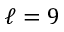
\ell = 9